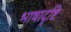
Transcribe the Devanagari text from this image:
भाषादृष्टि